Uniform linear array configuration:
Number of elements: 32
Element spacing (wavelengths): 0.75
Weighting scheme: hann
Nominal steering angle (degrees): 60
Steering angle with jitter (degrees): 60.449
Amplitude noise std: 0.05
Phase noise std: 0.05

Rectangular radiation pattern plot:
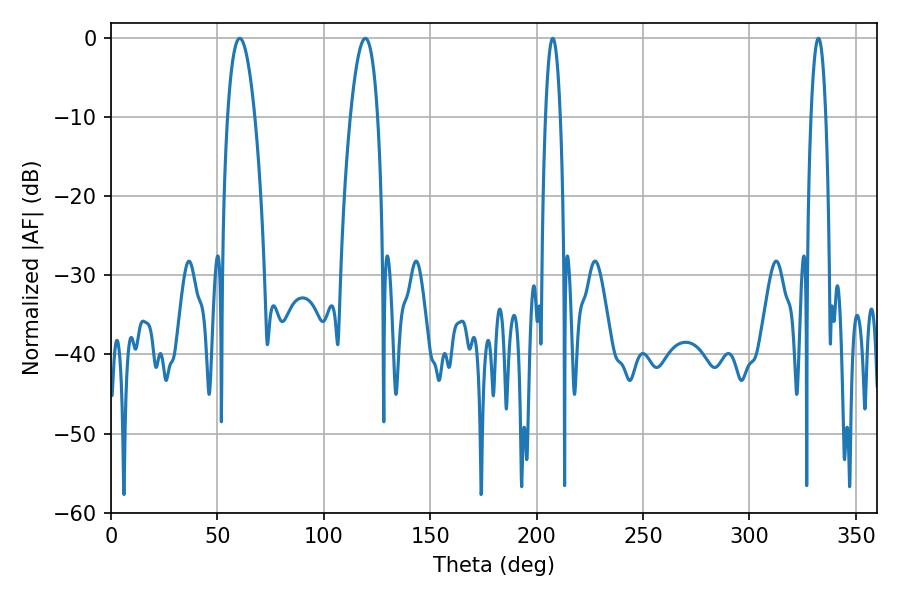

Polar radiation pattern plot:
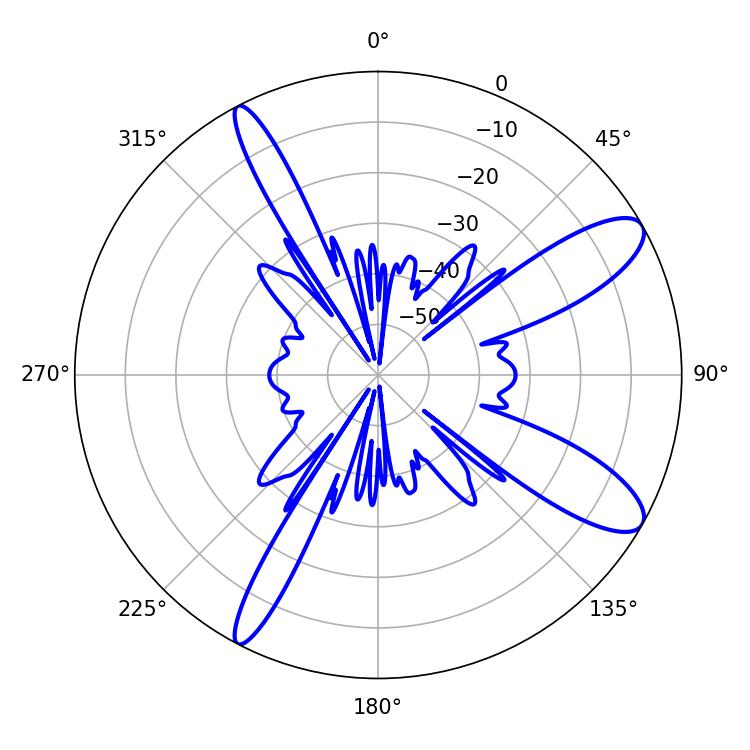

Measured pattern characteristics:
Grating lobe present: TRUE
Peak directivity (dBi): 10.851
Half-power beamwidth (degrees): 7.02
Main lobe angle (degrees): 60.48